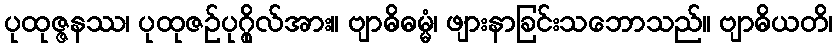
ပုထုဇ္ဇနဿ၊ ပုထုဇဉ်ပုဂ္ဂိုလ်အား။ ဗျာဓိဓမ္မံ၊ ဖျားနာခြင်းသဘောသည်။ ဗျာဓိယတိ၊